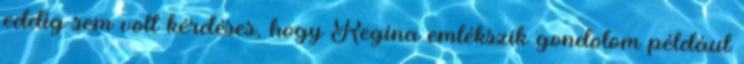
eddig sem volt kérdéses, hogy Regina emlékszik gondolom például